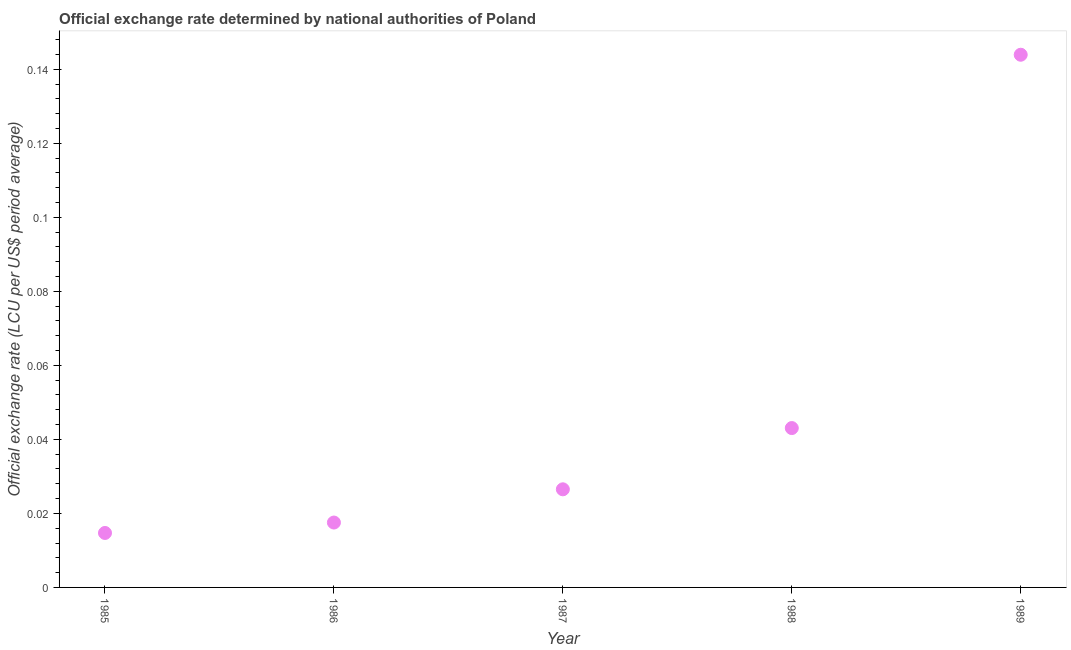
| Year | Official exchange rate |
 | --- | --- |
 | 1985 | 0.0147 |
 | 1986 | 0.0175 |
 | 1987 | 0.0265 |
 | 1988 | 0.0431 |
 | 1989 | 0.144 |